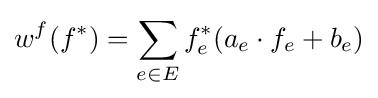
w^{f}(f^{*})=\sum _{e\in E}f_{e}^{*}(a_{e}\cdot f_{e}+b_{e})